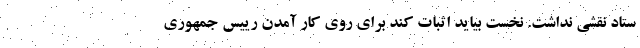
ستاد نقشی نداشت. نخست بیاید اثبات کند برای روی کار آمدن رییس جمهوری